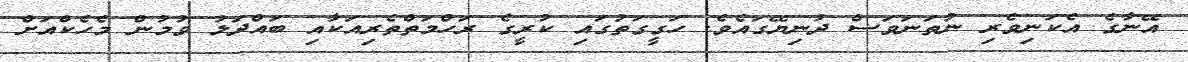
އޭނާގެ އެކަނިވެރި ނުތަނަވަސް ދުނިޔޭގައެވެ. ހަގީގަތުގައި ކުރީގެ ރަހްމަތްތެރިއަކާއި ބައްދަލު ވުމުން މެހެކްއަށް